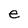
Character: e